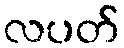
လပတ်